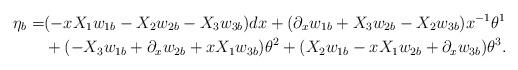
LaTeX: \begin{align*} \eta_b = & (-xX_1w_{1b}-X_2w_{2b}-X_3w_{3b}) dx + (\partial_xw_{1b}+X_3w_{2b}-X_2w_{3b}) x^{-1}\theta^1 \\ & + (-X_3w_{1b}+\partial_xw_{2b}+xX_1w_{3b}) \theta^2 + (X_2w_{1b}-xX_1w_{2b}+\partial_xw_{3b}) \theta^3. \end{align*}